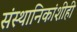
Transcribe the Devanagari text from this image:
संस्‍थानिकांशीही